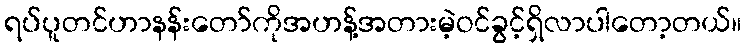
ရပ်ပူတင်ဟာနန်းတော်ကိုအဟန့်အတားမဲ့ဝင်ခွင့်ရှိလာပါတော့တယ်။